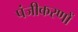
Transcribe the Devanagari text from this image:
पंजीकरणों